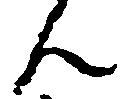
ん